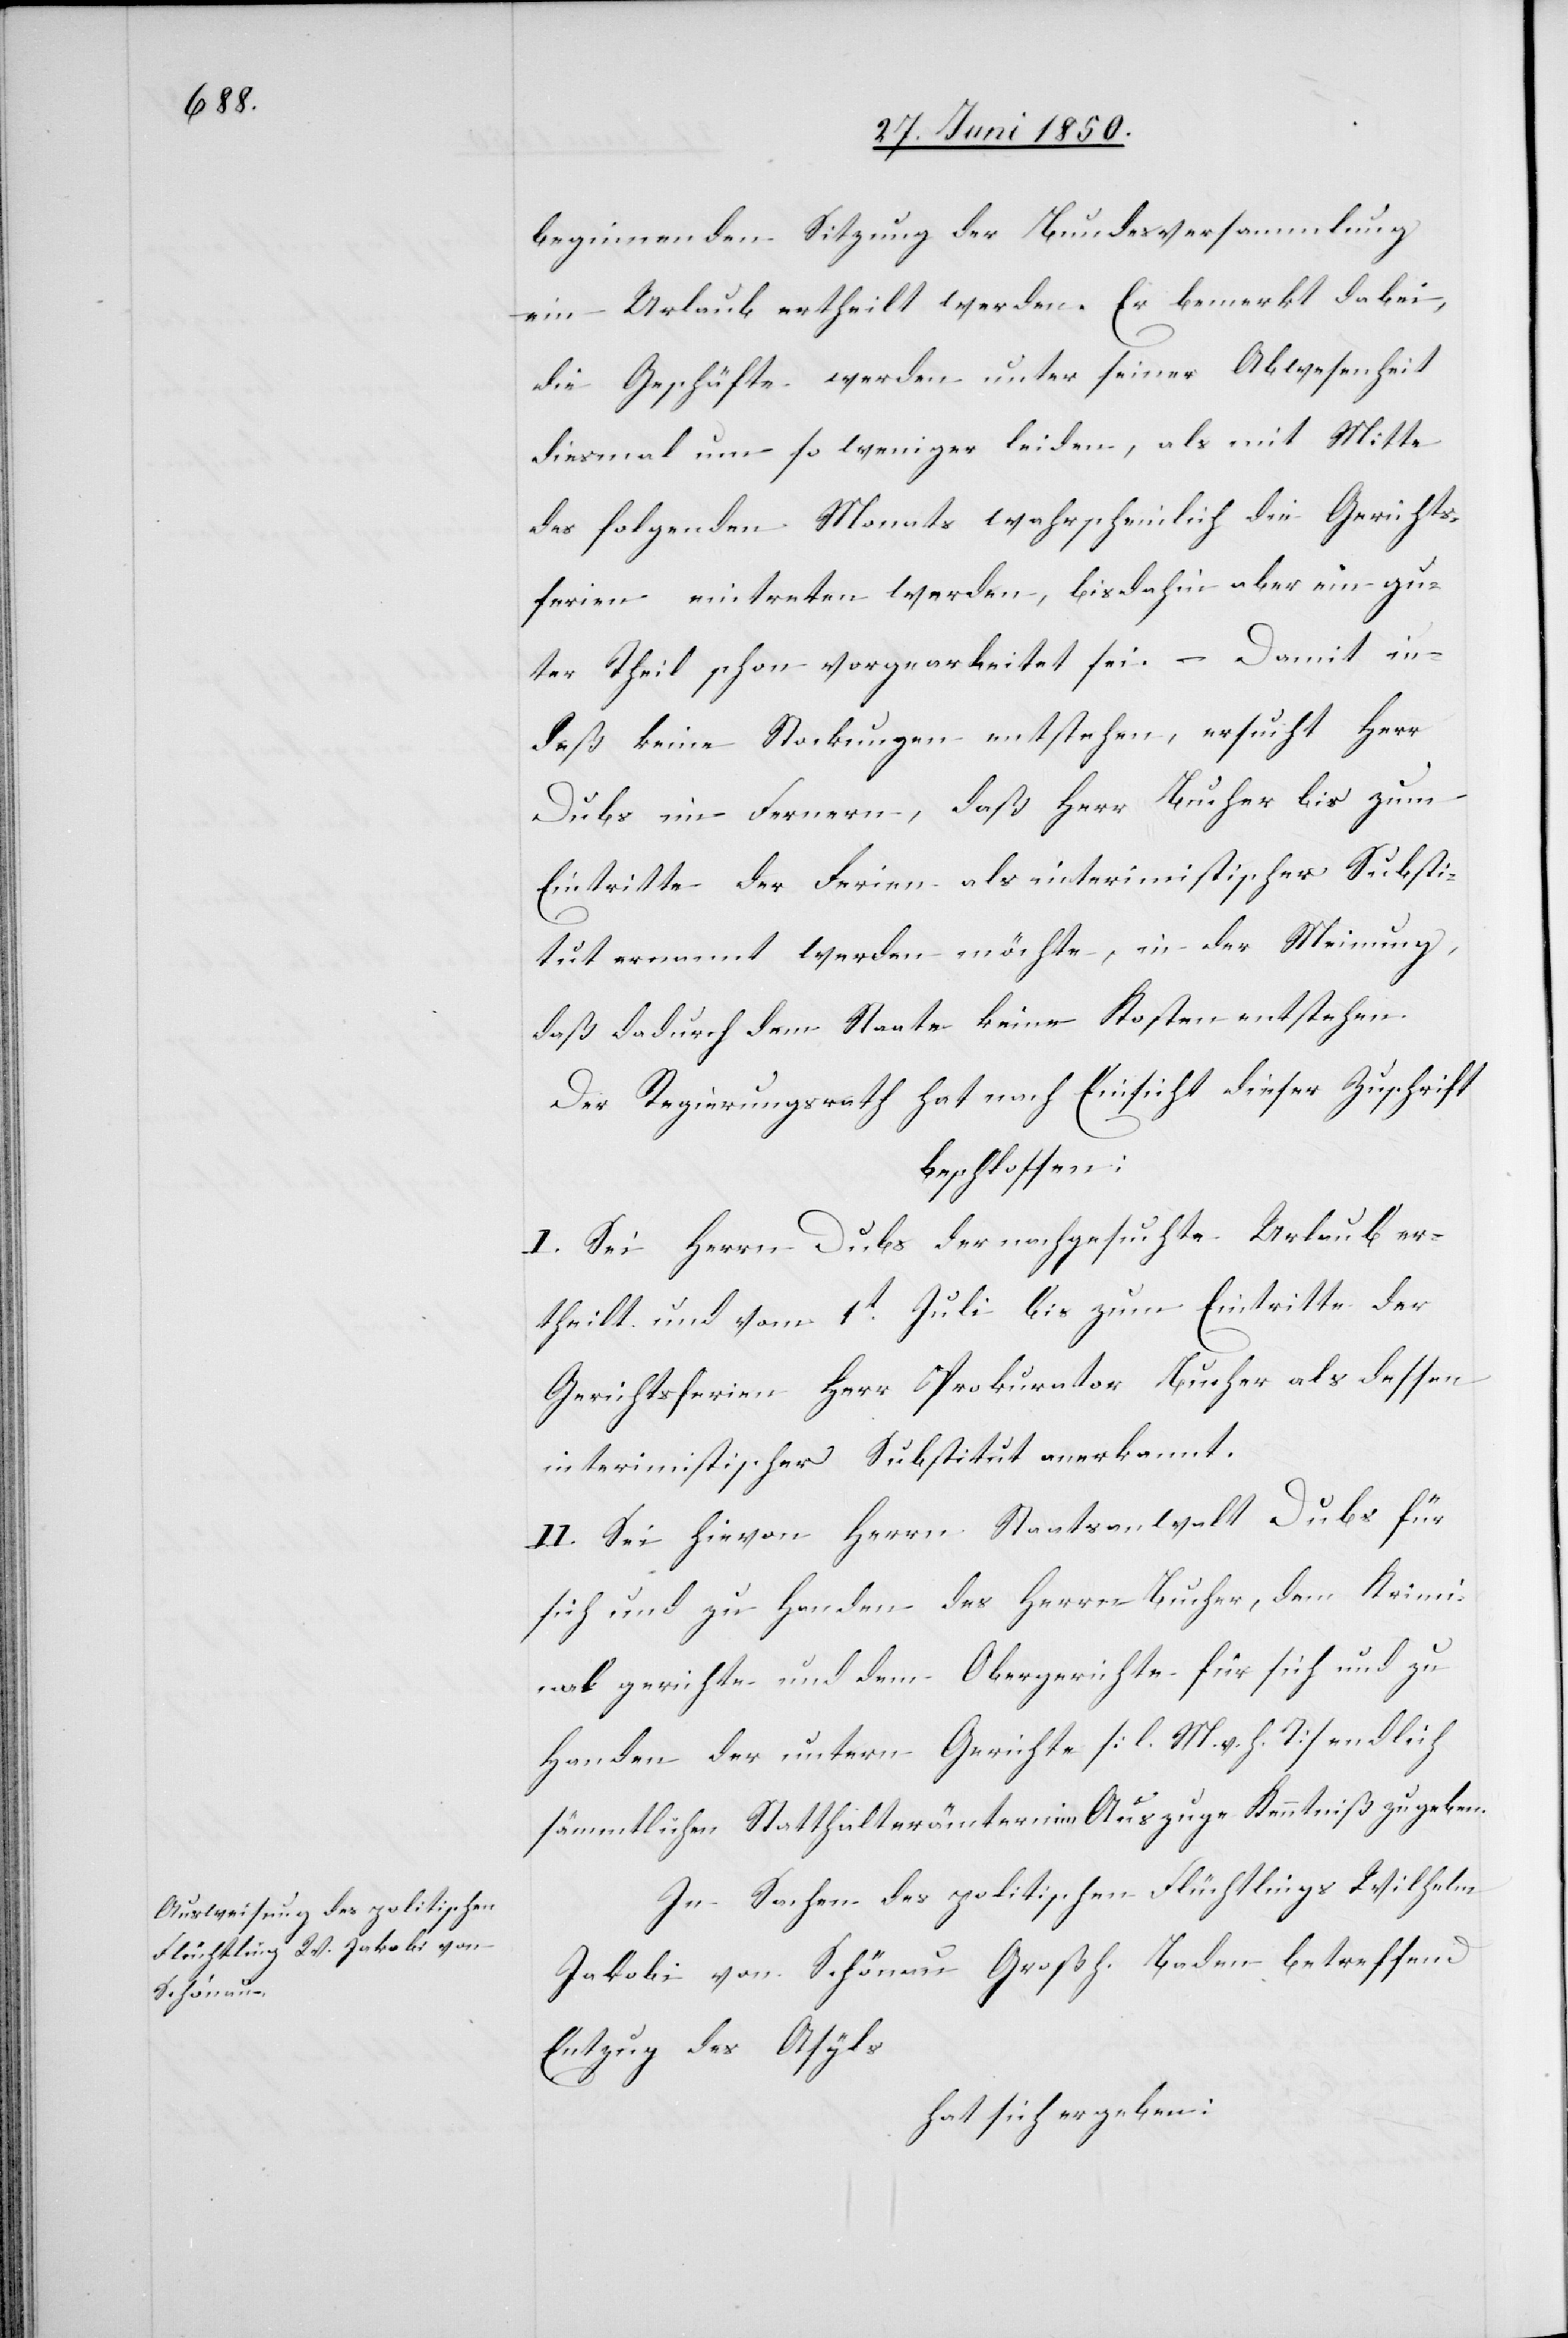
beginnenden Sitzung der Bundesversammlung
ein Urlaub ertheilt werden. Er bemerkt dabei,
die Geschäfte werden unter seiner Abwesenheit
diesmal um so weniger leiden, als mit Mitte
des folgenden Monats wahrscheinlich die Gerichts¬
ferien eintreten werden, bisdahin aber ein gu¬
ter Theil schon vorgearbeitet sei. – Damit in¬
deß keine Stockungen entstehen, ersucht Herr
Dubs im Fernern, daß Herr Bucher bis zum
Eintritte der Ferien als interimistischer Substi¬
tut ernannt werden möchte, in der Meinung,
daß dadurch dem Staate keine Kosten entstehen.
Der Regierungsrath hat nach Einsicht dieser Zuschrift
beschlossen:
I. Sei Herrn Dubs der nachgesuchte Urlaub er¬
theilt und vom 1t Juli bis zum Eintritte der
Gerichtsferien Herr Prokurator Bucher als dessen
interimistischer Substitut anerkannt.
II. Sei hievon Herrn Staatsanwalt Dubs für
sich und zu Handen des Herrn Bucher, dem Krimi¬
nalgerichte und dem Obergerichte für sich und zu
Handen der untern Gerichte [l. M. v. h. T] endlich
sämmtlichen Statthalterämtern im Auszuge Kenntniß zu geben.
In Sachen des politischen Flüchtlings Wilhelm
Jakobi von Schönau Großh. Baden betreffend
Entzug des Asyls
hat sich ergeben: